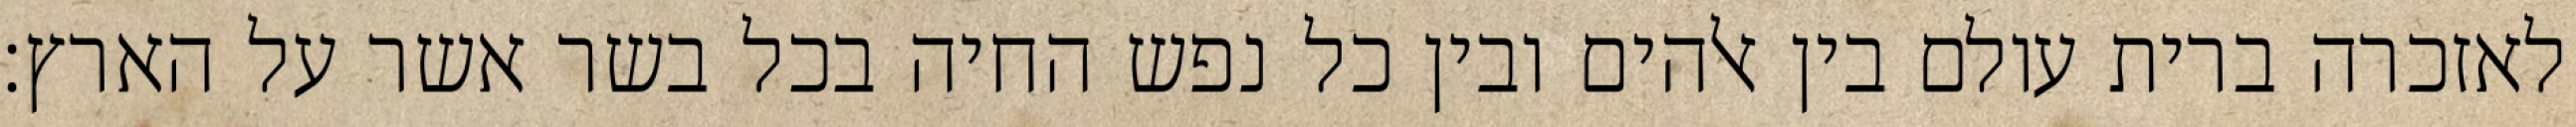
לאזכרה ברית עולם בין אלהים ובין כל נפש החיה בכל בשר אשר על הארץ׃